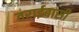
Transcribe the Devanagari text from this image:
तराईबासी